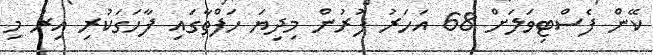
ކޭން ފެސްޓިވަލަށް 68 އަހަރު ފުރުން މިދިޔަ ހަފްތާގައި ފާހަގަކުރި އިރު މި